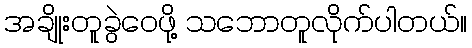
အချိုးတူခွဲဝေဖို့ သဘောတူလိုက်ပါတယ်။